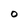
Character: O